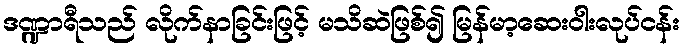
ဒဏ္ဍာရီသည် လိုက်နာခြင်းဖြင့် မသိဆဲဖြစ်၍ မြန်မာ့ဆေးဝါးလုပ်ငန်း